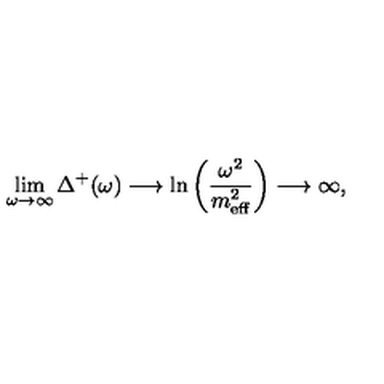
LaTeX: \lim _ { \omega \rightarrow \infty } \Delta ^ { + } ( \omega ) \longrightarrow \ln \left( \frac { \omega ^ { 2 } } { m _ { \mathrm { \scriptsize e f f } } ^ { 2 } } \right) \longrightarrow \infty ,